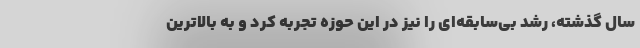
سال گذشته، رشد بی‌سابقه‌ای را نیز در این حوزه تجربه کرد و به بالاترین